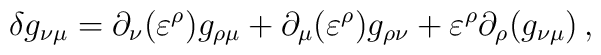
\delta g_{\nu\mu}=\partial_\nu(\varepsilon^\rho) g_{\rho\mu}+\partial_\mu(\varepsilon^\rho )g_{\rho\nu} + \varepsilon^\rho \partial_\rho(g_{\nu\mu})\,,